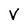
Character: V